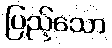
ပြည့်သော